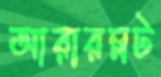
আরারম্নট